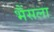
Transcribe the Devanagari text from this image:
भैंसला